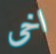
اخى